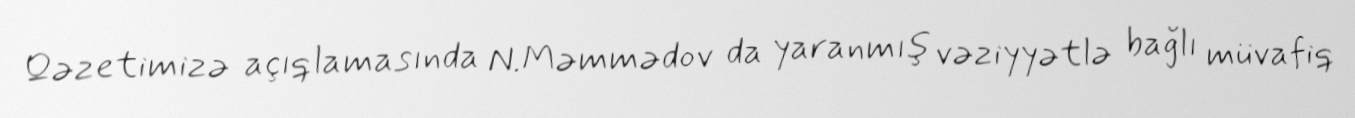
Qəzetimizə açıqlamasında N.Məmmədov da yaranmış vəziyyətlə bağlı müvafiq